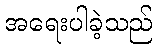
အရေးပါခဲ့သည်